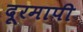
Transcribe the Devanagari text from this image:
दूरमापी